Civil Veterinary Department Bihar & Orissa reports 1929-36 - 1929-1936
Year: 1929
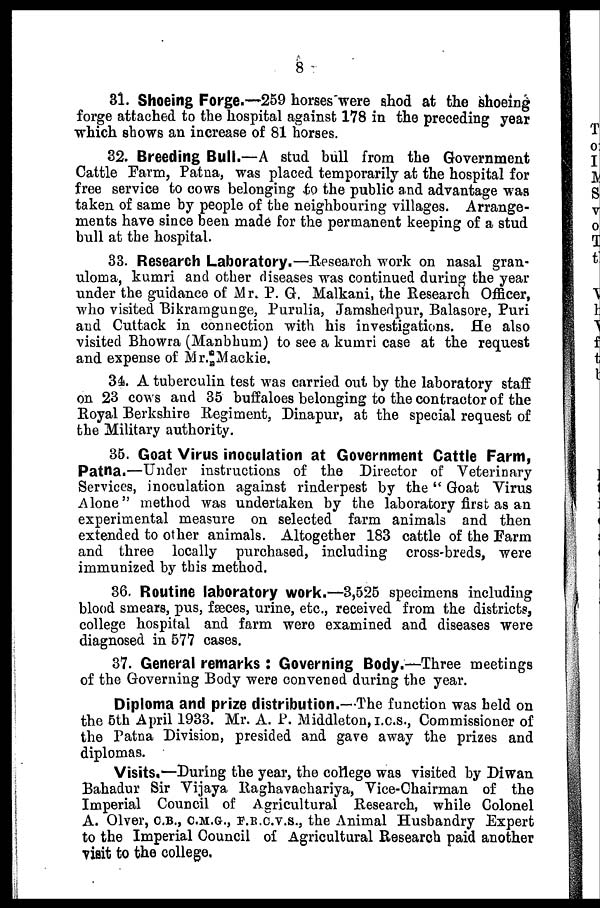
8
31. Shoeing Forge.—259 horses were shod at the shoeing
forge attached to the hospital against 178 in the preceding year
which shows an increase of 81 horses.
32. Breeding Bull.—A stud bull from the Government
Cattle Farm, Patna, was placed temporarily at the hospital for
free service to cows belonging to the public and advantage was
taken of same by people of the neighbouring villages. Arrange-
ments have since been made for the permanent keeping of a stud
bull at the hospital.
33. Research Laboratory.—Research work on nasal gran-
uloma, kumri and other diseases was continued during the year
under the guidance of Mr. P. G. Malkani, the Research Officer,
who visited Bikramgunge, Purulia, Jamshedpur, Balasore, Puri
and Cuttack in connection with his investigations. He also
visited Bhowra (Manbhum) to see a kumri case at the request
and expense of Mr.Mackie.
34. A tuberculin test was carried out by the laboratory staff
on 23 cows and 35 buffaloes belonging to the contractor of the
Royal Berkshire Regiment, Dinapur, at the special request of
the Military authority.
35. Goat Virus inoculation at Government Cattle Farm,
Patna.—Under instructions of the Director of Veterinary
Services, inoculation against rinderpest by the" Goat Virus
Alone" method was undertaken by the laboratory first as an
experimental measure on selected farm animals and then
extended to other animals. Altogether 183 cattle of the Farm
and three locally purchased, including cross-breds, were
immunized by this method.
36. Routine laboratory work.—3,525 specimens including
blood smears, pus, fæces, urine, etc., received from the districts,
college hospital and farm were examined and diseases were
diagnosed in 577 cases.
37. General remarks : Governing Body.—Three meetings
of the Governing Body were convened during the year.
Diploma and prize distribution.—The function was held on
the 5th April 1933. Mr. A. P. Middleton, I.C.S., Commissioner of
the Patna Division, presided and gave away the prizes and
diplomas.
Visits.—During the year, the college was visited by Diwan
Bahadur Sir Vijaya Raghavachariya, Vice-Chairman of the
Imperial Council of Agricultural Research, while Colonel
A. Olver, C.B., C.M.G., F.B.C.V.S., the Animal Husbandry Expert
to the Imperial Council of Agricultural Research paid another
visit to the college.